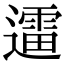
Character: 䢮